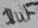
Text: 1uF